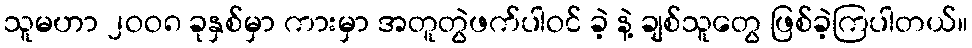
သူမဟာ ၂ဝဝ၈ ခုနှစ်မှာ ကားမှာ အတူတွဲဖက်ပါဝင် ခဲ့ နဲ့ ချစ်သူတွေ ဖြစ်ခဲ့ကြပါတယ်။